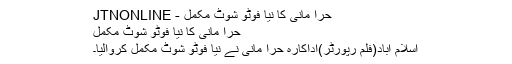
حرا مانی کا نیا فوٹو شوٹ مکمل - JTNONLINE
حرا مانی کا نیا فوٹو شوٹ مکمل
اسلام آباد(فلم رپورٹر)اداکارہ حرا مانی نے نیا فوٹو شوٹ مکمل کروالیا۔